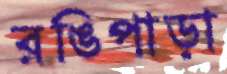
রঙিপাড়া